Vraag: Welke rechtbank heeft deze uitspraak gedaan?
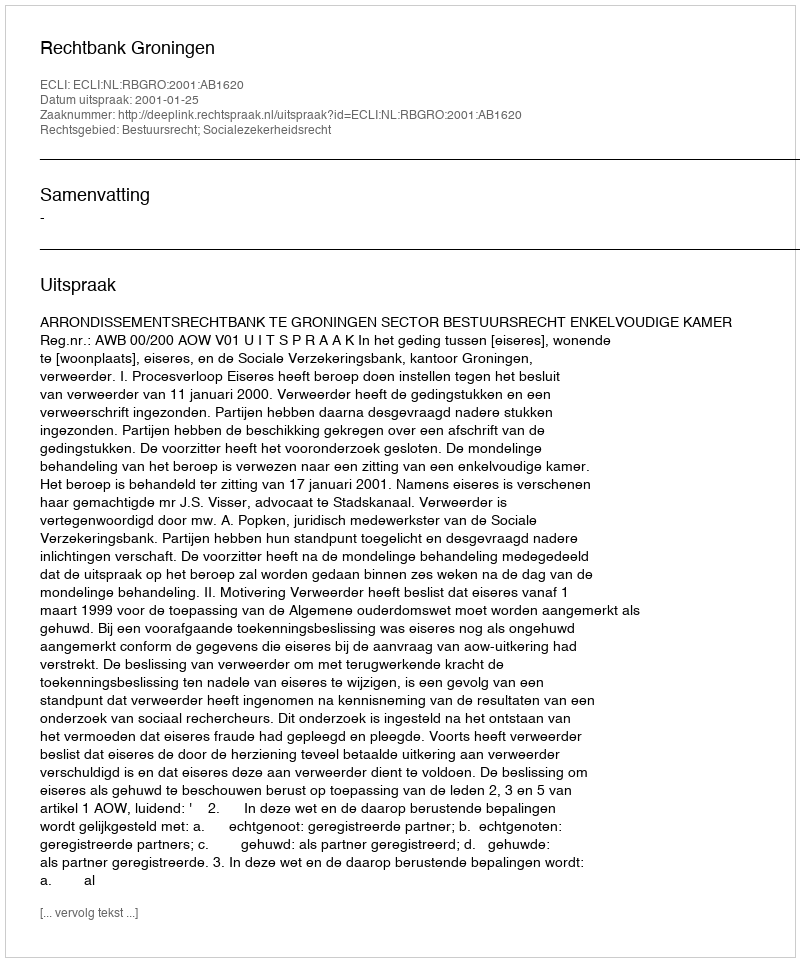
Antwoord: Rechtbank Groningen